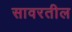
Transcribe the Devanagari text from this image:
सावरतील